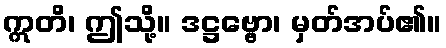
ဣတိ၊ ဤသို့။ ဒဋ္ဌဗ္ဗော၊ မှတ်အပ်၏။